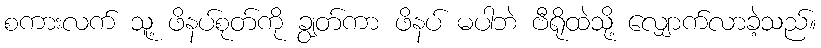
စကားလက် သူ့ ဖိနပ်စုတ်ကို ချွတ်ကာ ဖိနပ် မပါဘဲ ဗီရိုထဲသို့ လျှောက်လာခဲ့သည်။